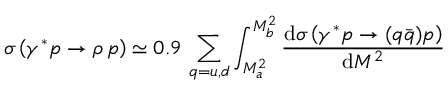
\sigma \left( \gamma ^ { * } p \to \rho \, p \right) \simeq 0 . 9 \, \sum _ { q = u , d } \int _ { M _ { a } ^ { 2 } } ^ { M _ { b } ^ { 2 } } \frac { \mathrm { d } \sigma \left( \gamma ^ { * } p \to ( q \bar { q } ) p \right) } { \mathrm { d } M ^ { 2 } }